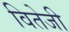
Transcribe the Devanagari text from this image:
वितेजी